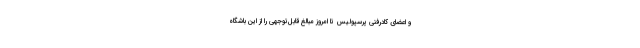
و اعضای کادرفنی پرسپولیس تا امروز مبالغ قابل‌توجهی را از این باشگاه